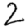
Digit: 2